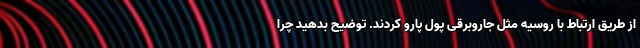
از طریق ارتباط با روسیه مثل جاروبرقی پول پارو کردند. توضیح بدهید چرا